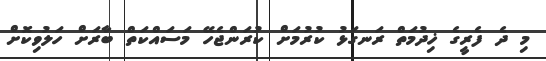
މި ދެ ފެރީގެ ޚިދުމަތް ރަނގަޅު ކުރުމަށް ކުރަންޖެހޭ މަސައްކަތް ބާރަށް ހަލުވިކޮށް